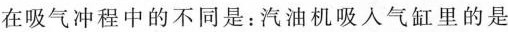
在吸气冲程中的不同是：汽油机吸入气缸里的是